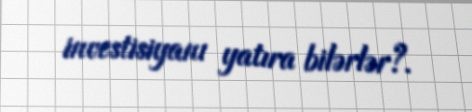
investisiyanı yatıra bilərlər?.